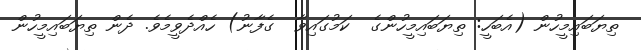
ތިޔަބައިމީހުން (އެބަހީ: ތިޔަބައިމީހުންގެ  ކަމުގައިވާ  ގެފާނު) ހެއްދެވީމެވެ. ދެން ތިޔަބައިމީހުން